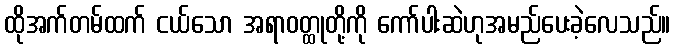
ထိုအက်တမ်ထက် ငယ်သော အရာဝတ္ထုတို့ကို ကော်ပါးဆဲဟုအမည်ပေးခဲ့လေသည်။